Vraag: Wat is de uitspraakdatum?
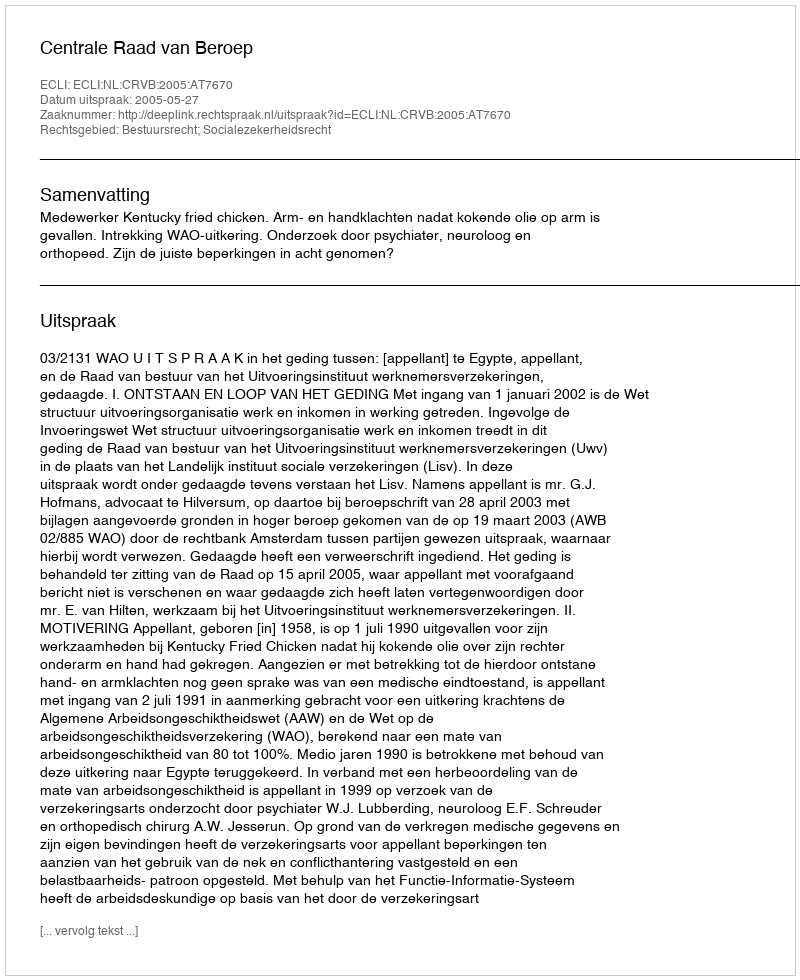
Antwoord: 2005-05-27